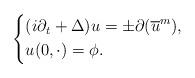
LaTeX: \begin{align*}\left\{\begin{aligned}& (i \partial _t + \Delta ) u = \pm \partial ( \overline{u}^m), \\& u(0, \cdot ) = \phi .\end{aligned}\right.\end{align*}